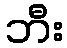
ဘီး